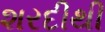
શરદીથી